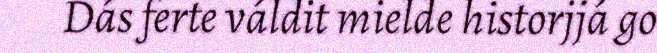
Dás ferte váldit mielde historjjá go